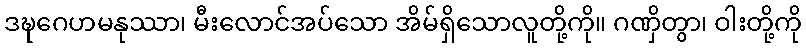
ဒဍ္ဎဂေဟမနုဿာ၊ မီးလောင်အပ်သော အိမ်ရှိသောလူတို့ကို။ ဂဏှိတွာ၊ ဝါးတို့ကို